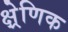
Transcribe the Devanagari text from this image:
क्ष्रेणिक